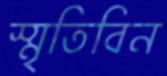
স্মৃতিবিন